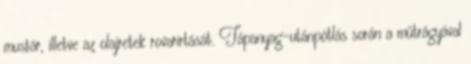
mustár, illetve az olajretek rovarirtását. Tápanyag-utánpótlás során a műtrágyával